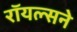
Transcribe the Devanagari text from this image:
रॉयल्सने